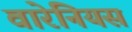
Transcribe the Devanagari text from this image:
वारेनियस